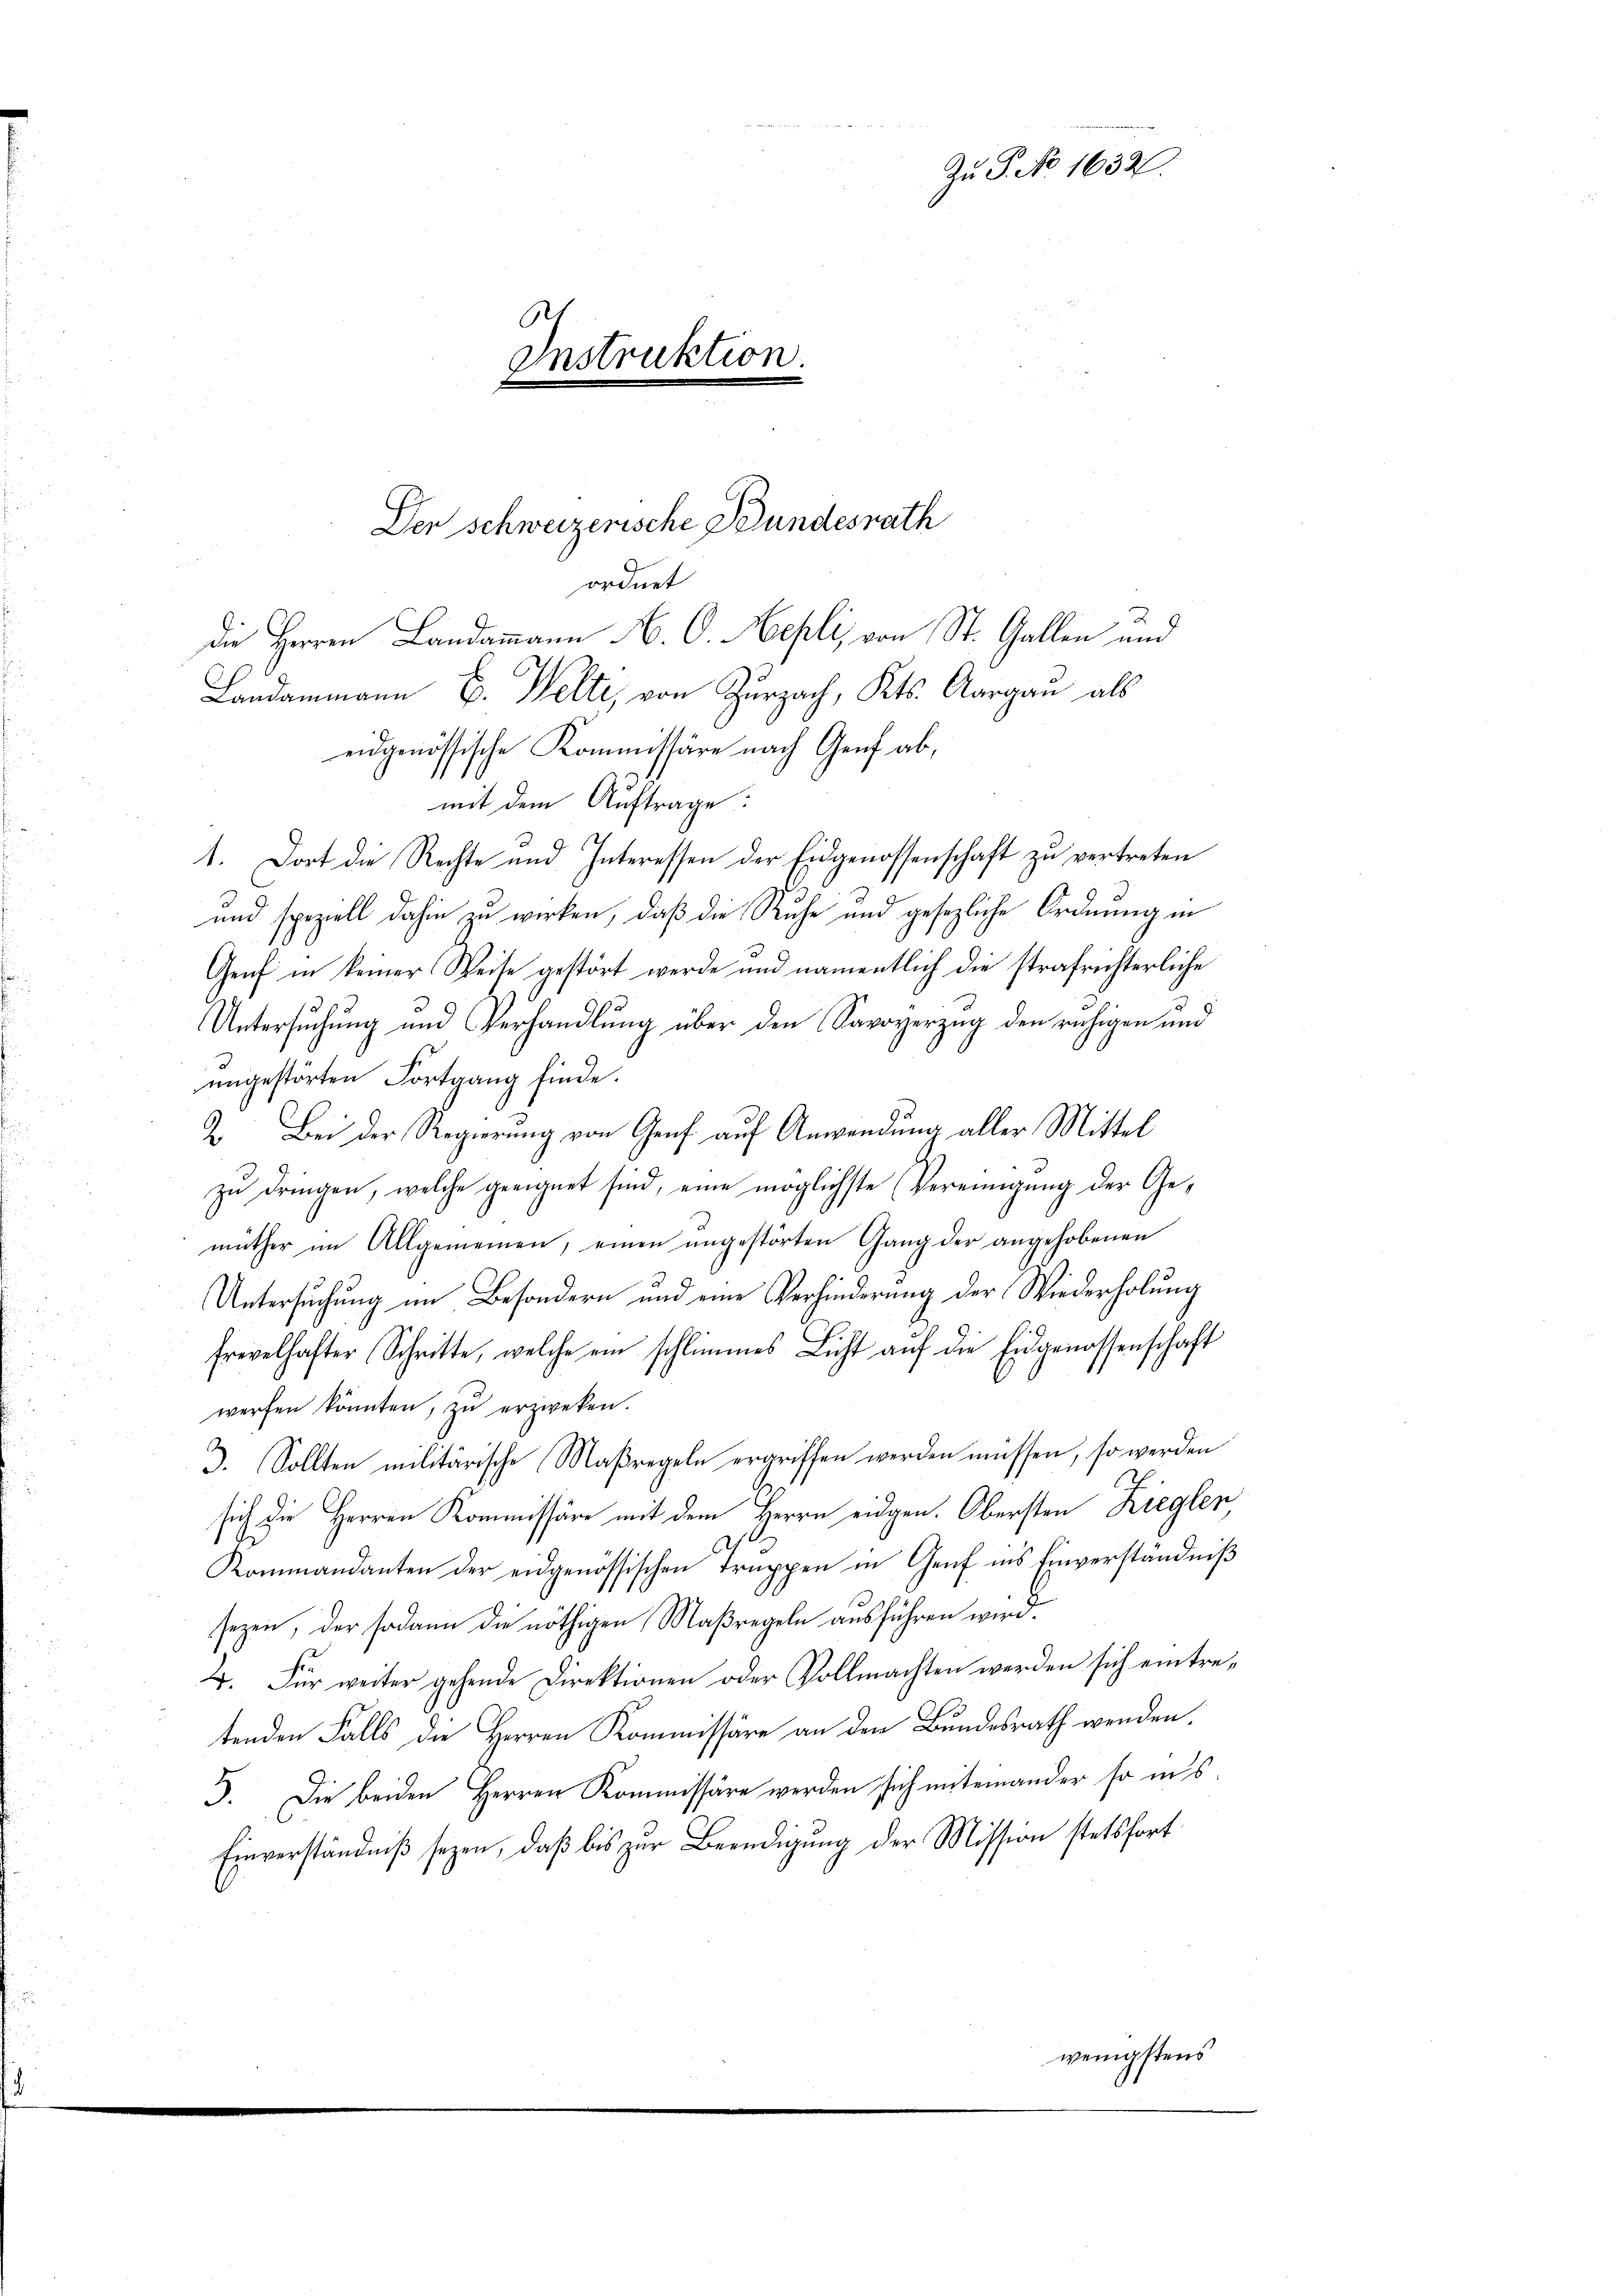
Zu P. No 1632.
.
enstruktion.

Der Schweizerische Bundesrath
die Herren Landammann N. O. Mepli, von St. Gallen und
Landammann E. Welte, von Zurzach, Kts. Aargau als
eidgenössische Kommissäre nach Genf ab,

ordnet

mit dem Auftrage:
1. Dort die Rechte und Interessen der Eidgenossenschaft zu vertreten
und speziell dahin zu wirken, daß die Ruhe und gesezliche Ordnung in
Genf in keiner Weise gestört werde und namentlich die strafrichterliche
Untersuchung und Verhandlung über den Savoyerzug den ruhigen und
ungestörten Fortgang finde.
2. Bei der Regierung von Genf auf Anwendung aller Mittel
zŭ dringen, welche geeignet sind, eine möglichste (Vereinigŭng der Ge-
müther im Allgemeinen, einen angestörten Gang der angehobenen
Untersuchung im Besondern und eine Verhinderung der Wiederholung
frevelhafter Schritte, welche ein schlimmes Licht aŭf die Eidgenossenschaft
werfen könnten, zu erzweken.
3. Sollten militärische Maßregeln ergriffen werden müssen, so werden
e
sich die Herren Kommissäre mit dem Herrn eidgen. Obersten Kreglen,
Kommandanten der eidgenössischen Truppen in Genf ins Einverständniß
sezen, der sodann die nöthigen Maßregeln ausführen wird.
2. Für weiter gehende Direktionen oder Vollmachten werden sich eintre-
tenden Falls die Herren Kommissäre an den Bundesrath wenden.
5. Die beiden Herren Kommissäre werden sich miteinander so ins
Einverständniβ seyen, daß bis zur Beendigung der Mission stetsfort
wenigstens